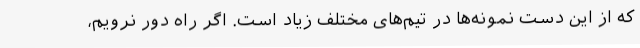
که از این دست نمونه‌ها در تیم‌های مختلف زیاد است. اگر راه دور نرویم،